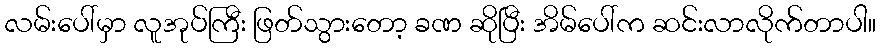
လမ်းပေါ်မှာ လူအုပ်ကြီး ဖြတ်သွားတော့ ခဏ ဆိုပြီး အိမ်ပေါ်က ဆင်းလာလိုက်တာပါ။